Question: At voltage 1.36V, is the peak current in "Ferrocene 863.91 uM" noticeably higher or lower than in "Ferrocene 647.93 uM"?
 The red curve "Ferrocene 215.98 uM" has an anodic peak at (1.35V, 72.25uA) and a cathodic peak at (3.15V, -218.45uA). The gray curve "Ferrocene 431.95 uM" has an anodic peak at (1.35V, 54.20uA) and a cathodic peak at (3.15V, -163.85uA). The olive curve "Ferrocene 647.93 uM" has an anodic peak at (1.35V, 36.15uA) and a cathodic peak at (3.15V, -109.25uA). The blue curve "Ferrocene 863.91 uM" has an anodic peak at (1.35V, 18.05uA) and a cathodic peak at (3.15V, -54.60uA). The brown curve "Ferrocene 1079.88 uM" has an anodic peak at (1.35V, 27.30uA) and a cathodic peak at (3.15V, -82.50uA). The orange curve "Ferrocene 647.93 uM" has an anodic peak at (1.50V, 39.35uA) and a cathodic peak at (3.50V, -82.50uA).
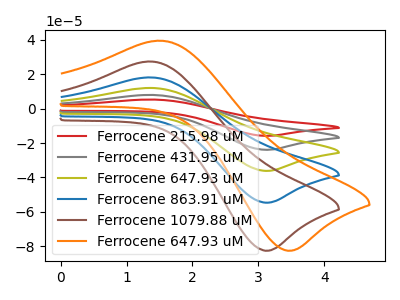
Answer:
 <answer>The peak at 1.36V is lower in "Ferrocene 863.91 uM" than in "Ferrocene 647.93 uM".</answer>
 <eval>lower</eval>